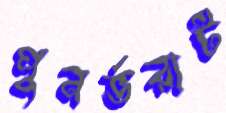
পুনর্ভরাট